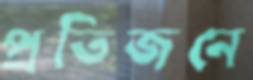
প্রতিজনে